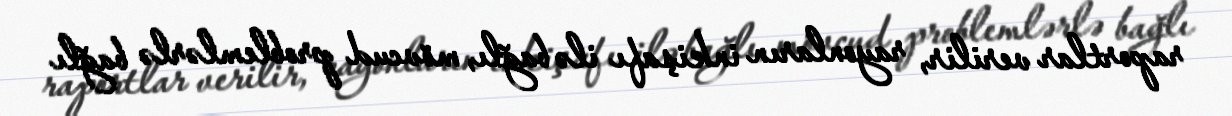
raportlar verilir, rayonların inkişafı ilə bağlı, mövcud problemlərlə bağlı